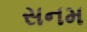
સનમ